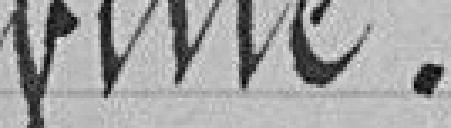
ville